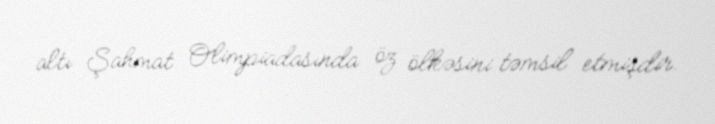
altı Şahmat Olimpiadasında öz ölkəsini təmsil etmişdir.